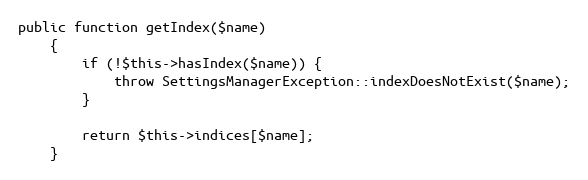
Language: PHP
public function getIndex($name)
    {
        if (!$this->hasIndex($name)) {
            throw SettingsManagerException::indexDoesNotExist($name);
        }

        return $this->indices[$name];
    }